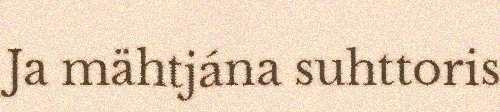
Ja mähtjána suhttoris